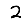
Digit: 2